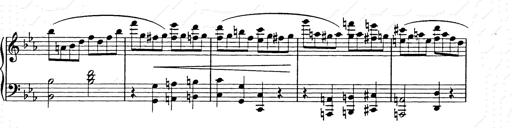
Title: Allegro di bravura
Composer: Carl Maria von Weber
Key: D major